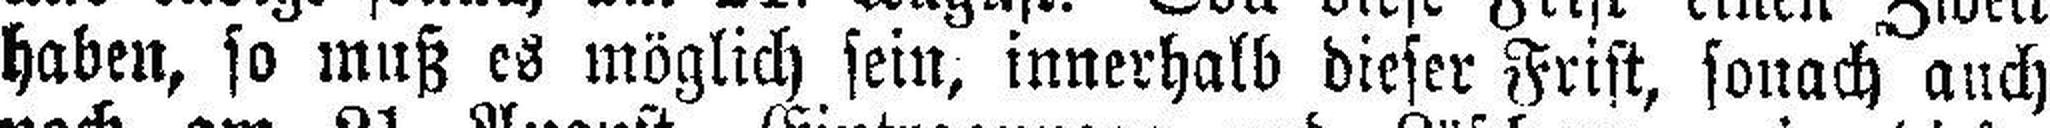
haben, so muß es möglich sein, innerhalb dieser Frist, sonach auch